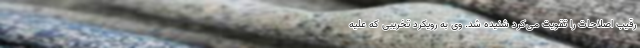
رقیب اصلاحات را تقویت می‌کرد شنیده شد. وی به رویکرد تخریبی که علیه